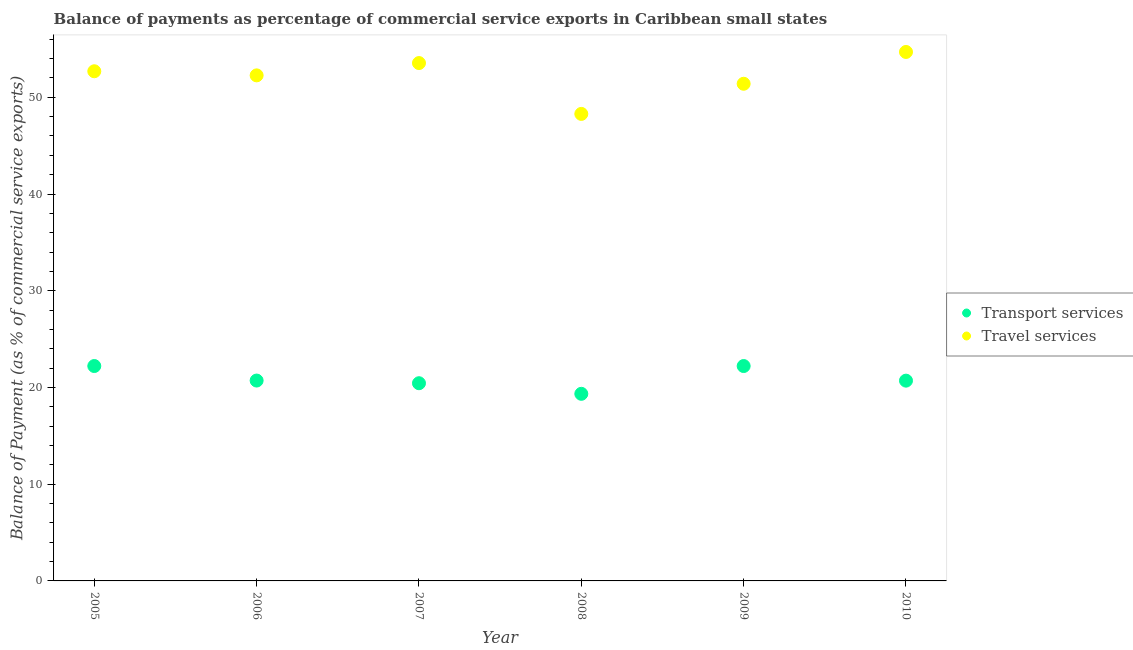
| Year | Transport services | Travel services |
 | --- | --- | --- |
 | 2005 | 22.2 | 52.7 |
 | 2006 | 20.7 | 52.3 |
 | 2007 | 20.4 | 53.5 |
 | 2008 | 19.3 | 48.3 |
 | 2009 | 22.2 | 51.4 |
 | 2010 | 20.7 | 54.7 |